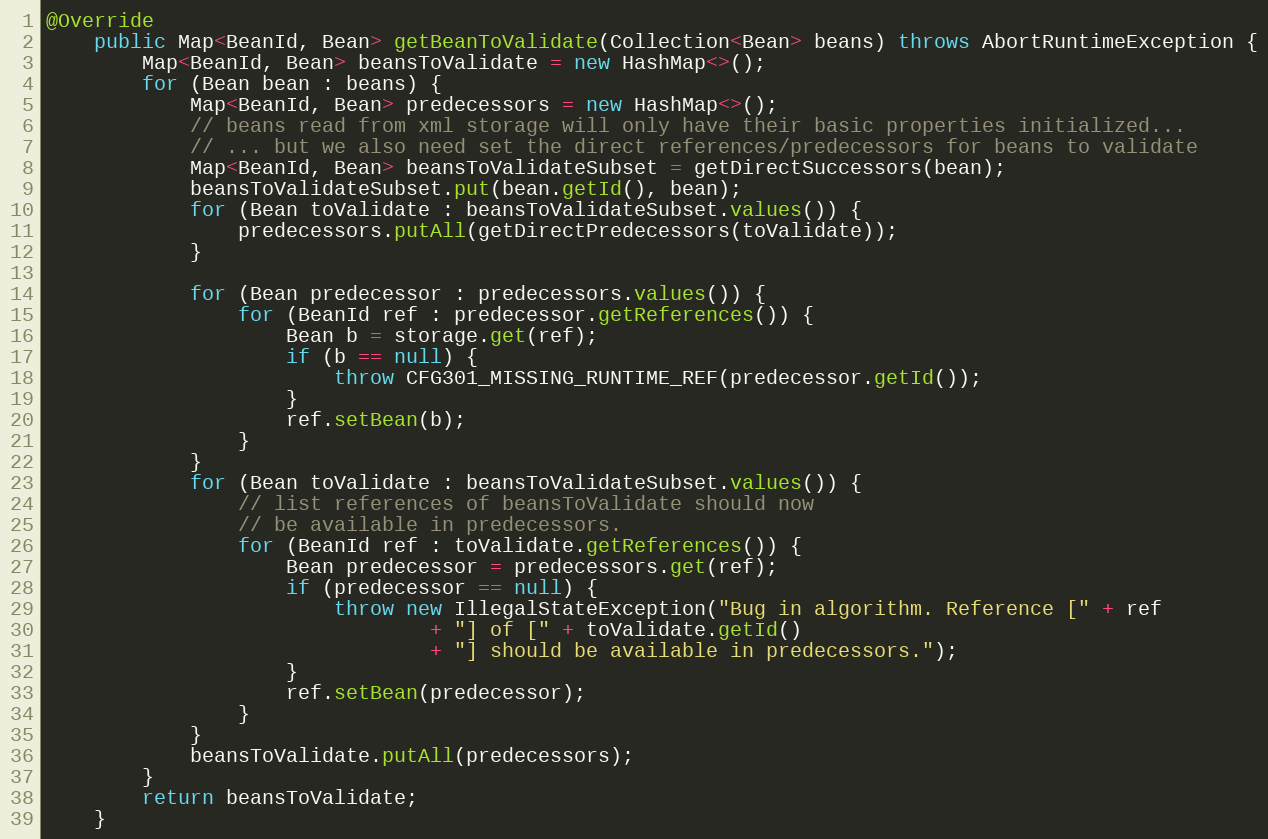
Language: Java
@Override
    public Map<BeanId, Bean> getBeanToValidate(Collection<Bean> beans) throws AbortRuntimeException {
        Map<BeanId, Bean> beansToValidate = new HashMap<>();
        for (Bean bean : beans) {
            Map<BeanId, Bean> predecessors = new HashMap<>();
            // beans read from xml storage will only have their basic properties initialized...
            // ... but we also need set the direct references/predecessors for beans to validate
            Map<BeanId, Bean> beansToValidateSubset = getDirectSuccessors(bean);
            beansToValidateSubset.put(bean.getId(), bean);
            for (Bean toValidate : beansToValidateSubset.values()) {
                predecessors.putAll(getDirectPredecessors(toValidate));
            }

            for (Bean predecessor : predecessors.values()) {
                for (BeanId ref : predecessor.getReferences()) {
                    Bean b = storage.get(ref);
                    if (b == null) {
                        throw CFG301_MISSING_RUNTIME_REF(predecessor.getId());
                    }
                    ref.setBean(b);
                }
            }
            for (Bean toValidate : beansToValidateSubset.values()) {
                // list references of beansToValidate should now
                // be available in predecessors.
                for (BeanId ref : toValidate.getReferences()) {
                    Bean predecessor = predecessors.get(ref);
                    if (predecessor == null) {
                        throw new IllegalStateException("Bug in algorithm. Reference [" + ref
                                + "] of [" + toValidate.getId()
                                + "] should be available in predecessors.");
                    }
                    ref.setBean(predecessor);
                }
            }
            beansToValidate.putAll(predecessors);
        }
        return beansToValidate;
    }